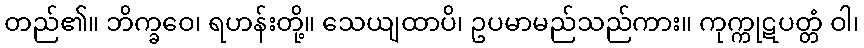
တည်၏။ ဘိက္ခဝေ၊ ရဟန်းတို့။ သေယျထာပိ၊ ဥပမာမည်သည်ကား။ ကုက္ကုဋပတ္တံ ဝါ၊